Senior Leaving Certificate Examination (including Day School Certificate (Higher) General paper), 1950
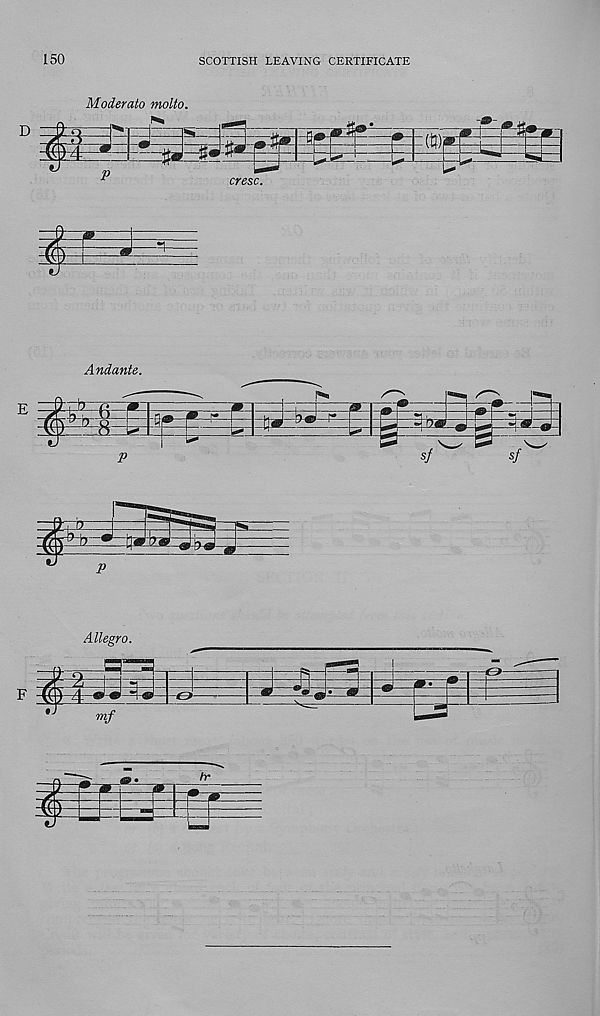
150
SCOTTISH LEAVING CERTIFICATE
Moderate motto.
D
■■Trj -F = 4'id = 5 : itR~°rr1 >
■-W
P
cresc.
Andante.
a ffiEEfizzE
J
p
sj
sf
¥ P
Allegro.
-=T^-
^<89 <c>
mf
CJ